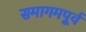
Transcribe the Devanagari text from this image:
समागमपूर्व